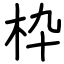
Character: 枠